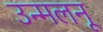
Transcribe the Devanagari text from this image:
उन्मलनू